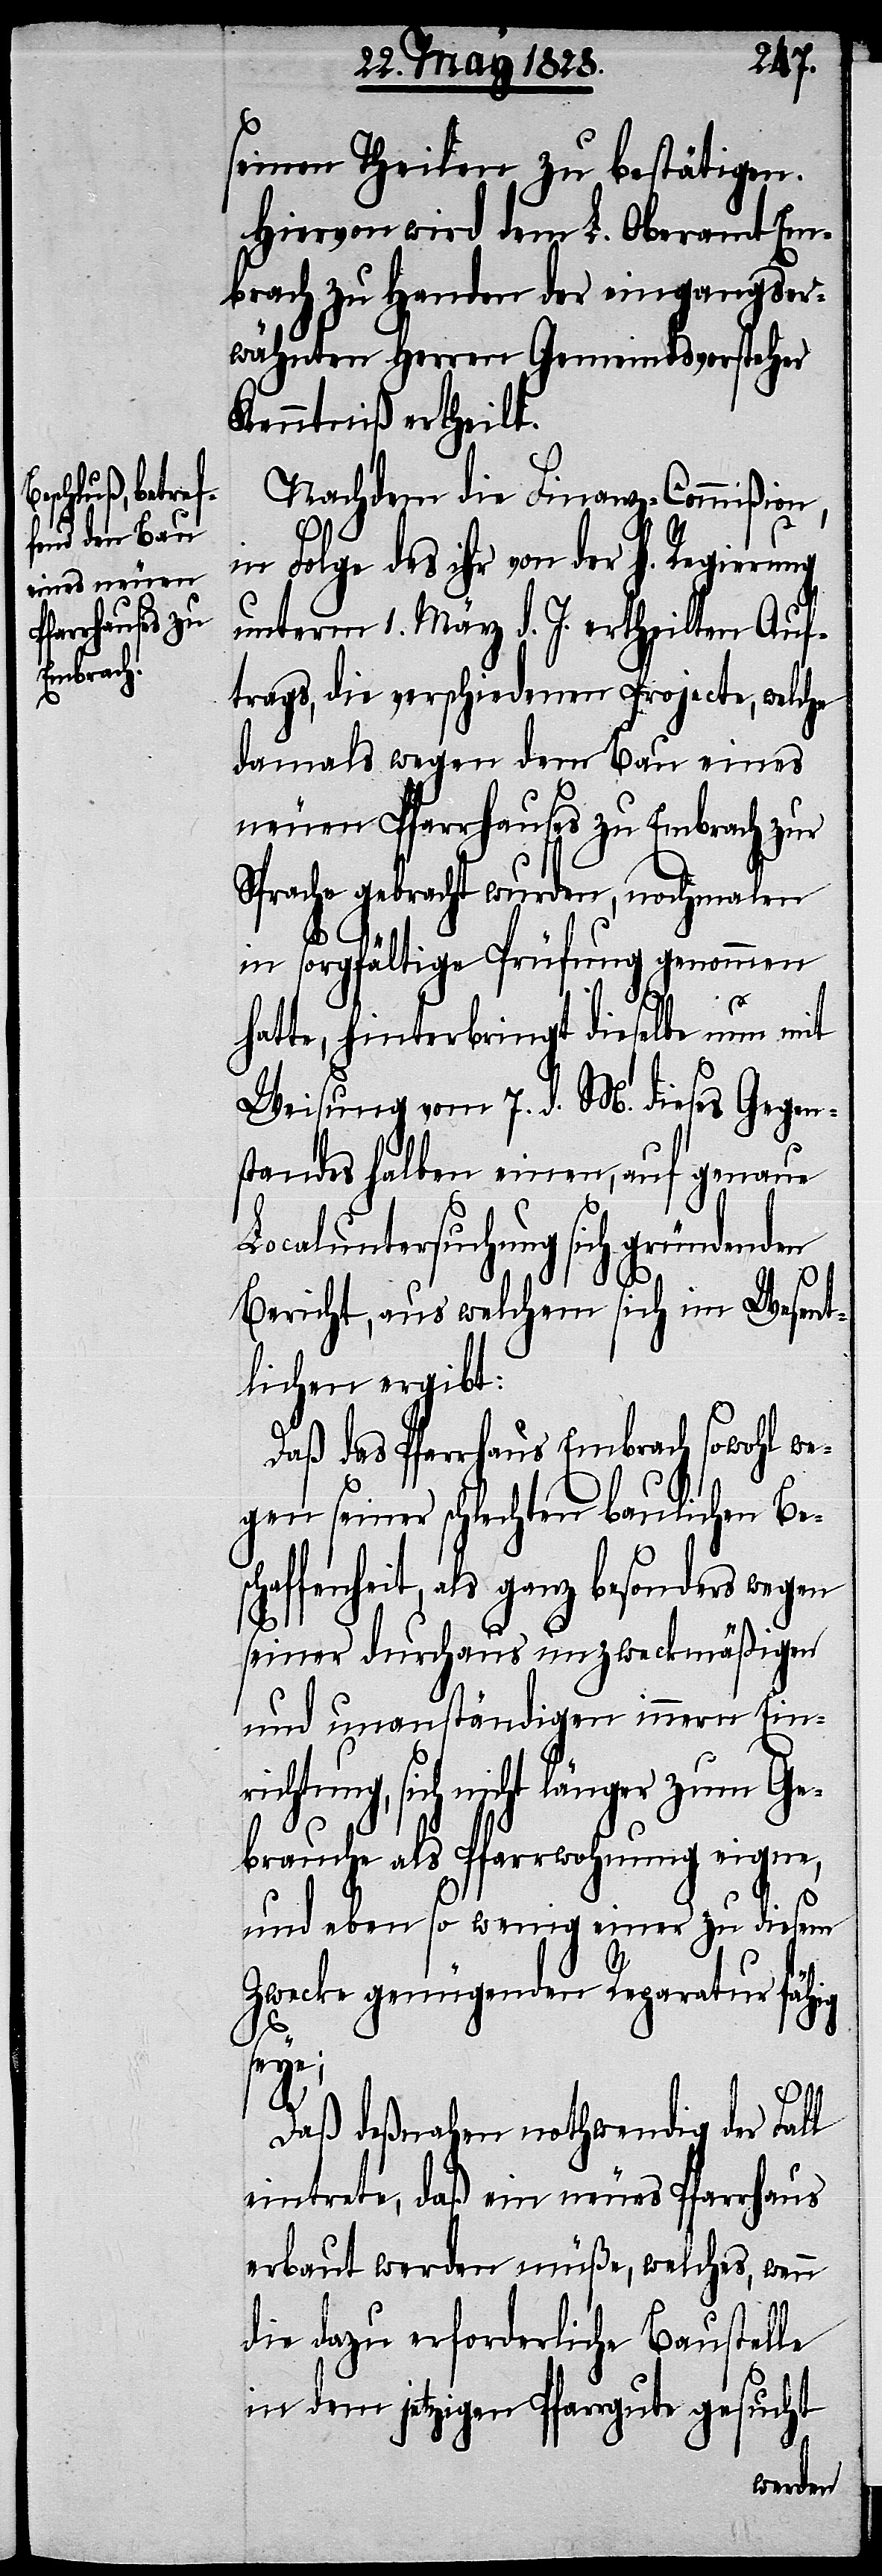
seinen Theilen zu bestätigen.
Hiervon wird dem L. Oberamt Em¬
brach zu Handen der eingangser¬
wähnten Herren Gemeindsvorsteher
Kenntniß ertheilt.
Nachdem die Finanz-Commißion,
in Folge des ihr von der h. Regierung
unterm 1. März d. J. ertheilten Auf¬
trags, die verschiedenen Projecte, welche
damals wegen dem Bau eines
neuen Pfarrhauses zu Embrach zur
Sprache gebracht wurden, nochmalen
in sorgfältige Prüfung genommen
hatte, hinterbringt dieselbe nun mit
Weisung vom 7. d. M. dieses Gegen¬
standes halben einen, auf genaue
Localuntersuchung sich gründenden
Bericht, aus welchem sich im Wesent¬
lichen ergibt:
Daß das Pfarrhaus Embrach sowohl we¬
gen seiner schlechten baulichen Bes¬
chaffenheit, als ganz besonders wegen
seiner durchaus unzweckmäßigen
und unanständigen innern Ein¬
richtung, sich nicht länger zum Ge¬
brauche als Pfarrwohnung eigne,
und eben so wenig einer zu diesem
Zwecke genügenden Reparatur fähig
seye;
Daß deßnahen nothwendig der Fall
eintrete, daß ein neues Pfarrhaus
erbaut werden müße, welches, wenn
die dazu erforderliche Baustelle
in dem jetzigen Pfarrgute gesucht